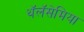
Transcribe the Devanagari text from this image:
थॅलॅसेमिया